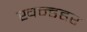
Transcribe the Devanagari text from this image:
खन्डहर